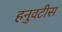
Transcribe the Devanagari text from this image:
हनुवटीस